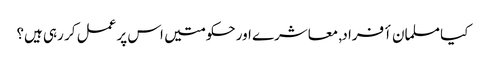
کیا مسلمان أفراد, معاشرے اور حکومتیں اس پر عمل کر رہی ہیں؟